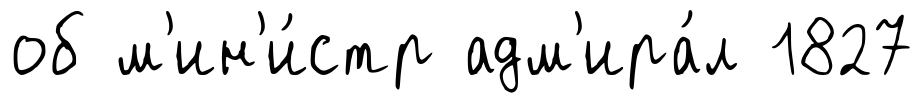
об м'ин'и́стр адм'ира́л 1827